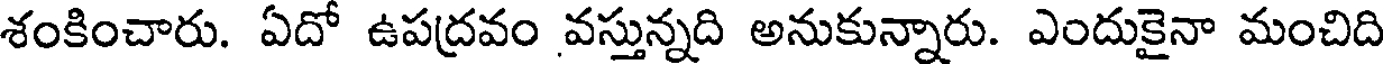
శంకించారు. ఏదో ఉపద్రవం వస్తున్నది అనుకున్నారు. ఎందుకైనా మంచిది